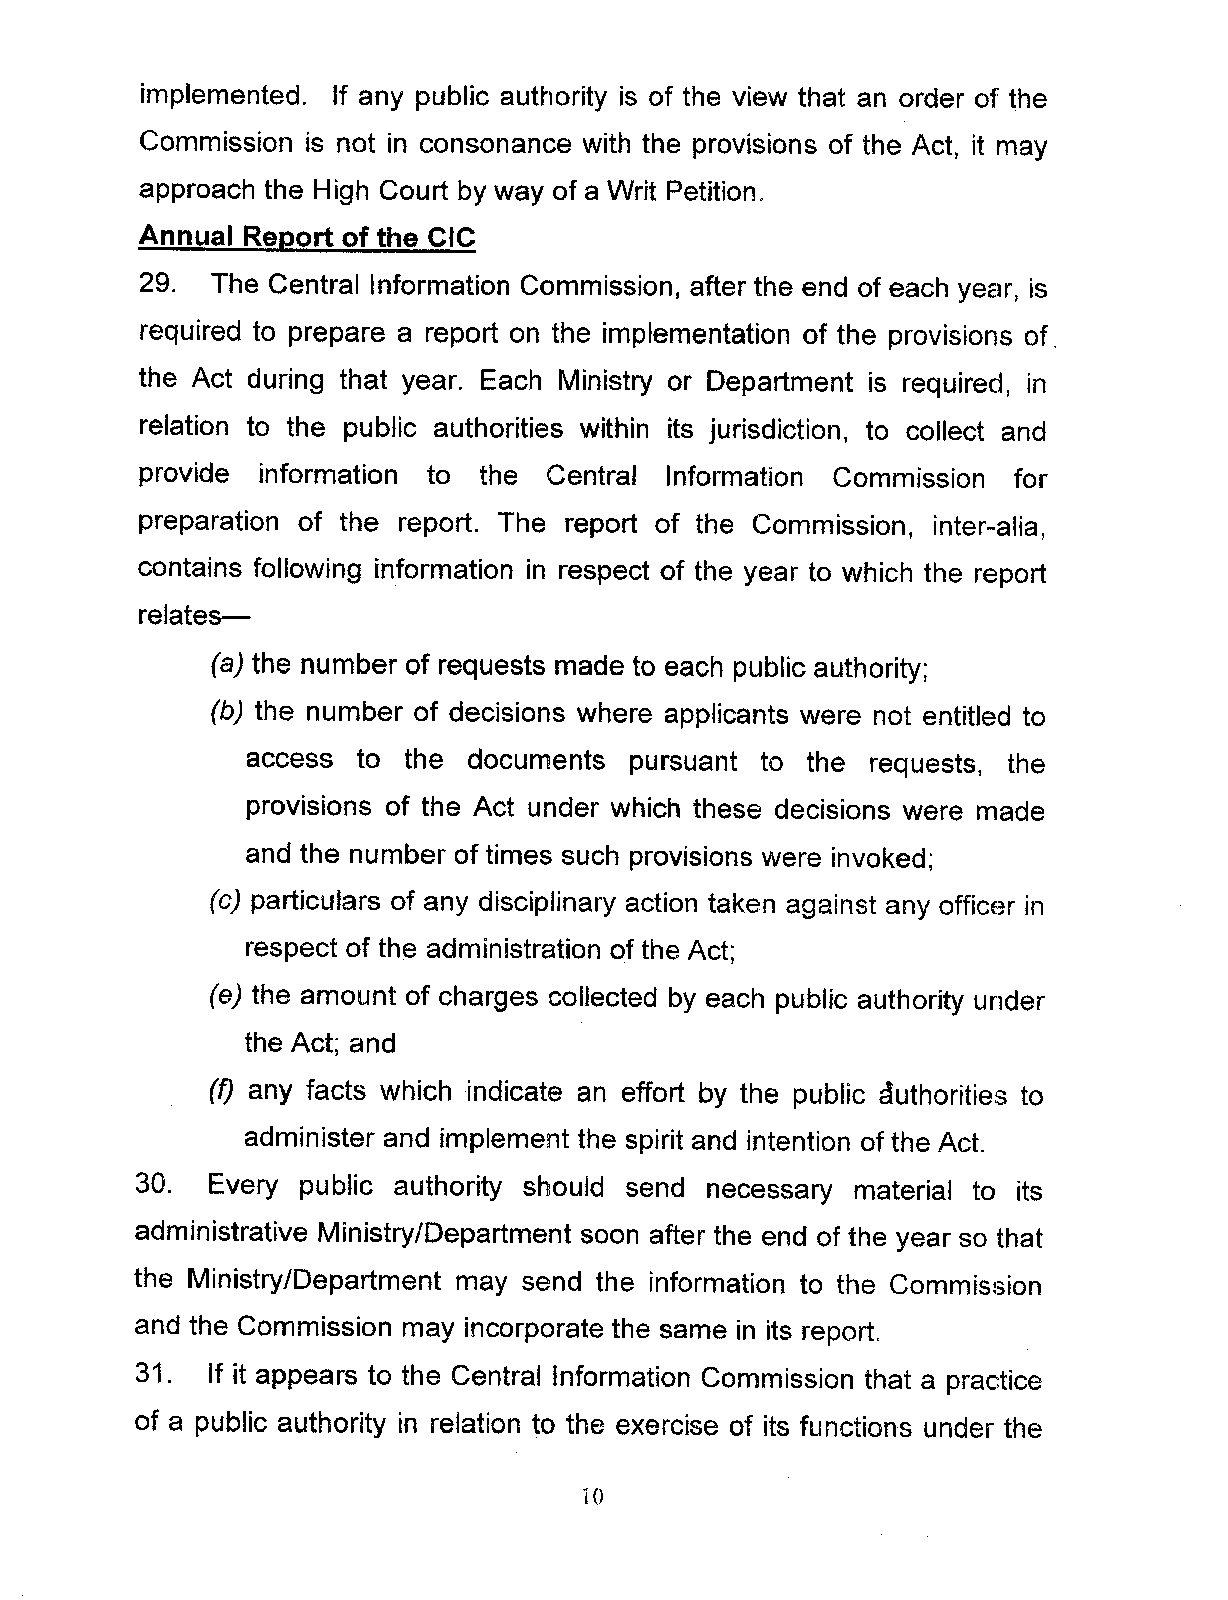
implemented. If any public authority is of the view that an order of the
 Commission is not in consonance with the provisions of the Act, it may
 approach the High Court by way of a Writ Petition.
 Annual Report of the CIC
 29.  The Central Information Commission, after the end of each year, is
 required to prepare a report on the implementation of the provisions of,
 the Act during that year. Each Ministry or Department is required, in
 relation to the public authorities within its jurisdiction, to collect and
 provide information to the Central Information Commission for
 preparation of the report. The report of the Commission, inter-alia,
 contains following information in respect of the year to which the report
 relates-
 (a) the number of requests made to each public authority;
 (b) the number of decisions where applicants were not entitled to
 access to the documents  pursuant to the requests, the
 provisions of the Act under which these decisions were made
 and the number of times such provisions were invoked;
 (e) particulars of any disciplinary action taken against any officBr in
 respect of the administration of the Act;
 (e) the amount of charges collected by each public authority under
 the Act; and
 (f) any facts which indicate an effort by the public cluthorities to
 administer and implement the spirit and intention of the Act.
 30.  Every public authority should send necessary material to its
 administrative Ministry/Department soon after the end of the year so that
 the Ministry/Department may send the information to the Commission
 and the Commission may incorporate the same in its report.
 31. If it appears to the Central Information Commission that a practice
 of a public authority in relation to the exercise of its functions under the